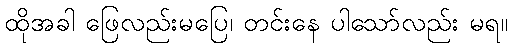
ထိုအခါ ဖြေလည်းမပြေ၊ တင်းနေ ပါသော်လည်း မရ။